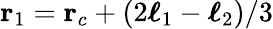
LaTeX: \mathbf{r}_{1}=\mathbf{r}_{c}+(2\boldsymbol{\ell}_{1}-\boldsymbol{\ell}_{2})/3